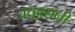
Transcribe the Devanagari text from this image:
वधूवरांनीं